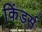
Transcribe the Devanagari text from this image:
किंडर्स